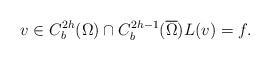
LaTeX: \begin{align*}v \in C^{2h}_b(\Omega) \cap C^{2h-1}_b(\overline{\Omega}) L(v) = f.\end{align*}